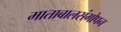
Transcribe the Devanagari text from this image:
माताबालसंगोपन